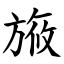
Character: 㫍